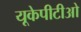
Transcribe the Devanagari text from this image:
यूकेपीटीओ